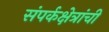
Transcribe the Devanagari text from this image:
संपर्कक्षेत्रांची